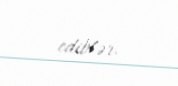
ediblər.